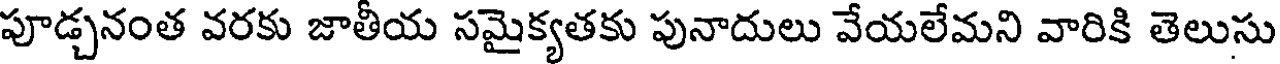
పూడ్చనంత వరకు జాతీయ సమైక్యతకు పునాదులు వేయలేమని వారికి తెలుసు